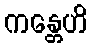
ကန္တေဟိ